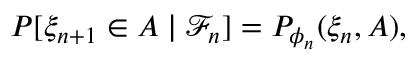
\begin{array} { r } { P [ \xi _ { n + 1 } \in A \mid \mathcal { F } _ { n } ] = P _ { \phi _ { n } } ( \xi _ { n } , A ) , } \end{array}